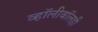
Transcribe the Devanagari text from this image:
व्हॉलीबॉलही